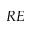
R E